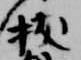
拔